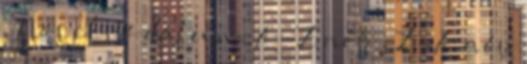
, Növekvő dátum , A-Z név , Z-A név